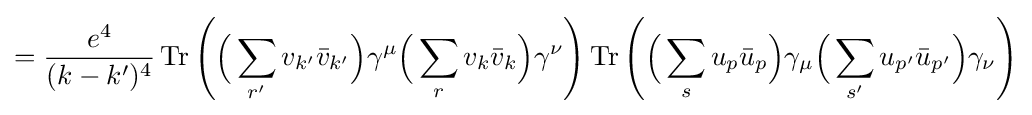
={\frac {e^{4}}{(k-k')^{4}}}\operatorname {Tr} \left({\Big (}\sum _{r'}v_{k'}{\bar {v}}_{k'}{\Big )}\gamma ^{\mu }{\Big (}\sum _{r}v_{k}{\bar {v}}_{k}{\Big )}\gamma ^{\nu }\right)\operatorname {Tr} \left({\Big (}\sum _{s}u_{p}{\bar {u}}_{p}{\Big )}\gamma _{\mu }{\Big (}\sum _{s'}{u_{p'}{\bar {u}}_{p'}}{\Big )}\gamma _{\nu }\right)